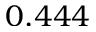
0 . 4 4 4